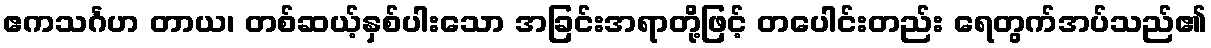
ဧကသင်္ဂဟ တာယ၊ တစ်ဆယ့်နှစ်ပါးသော အခြင်းအရာတို့ဖြင့် တပေါင်းတည်း ရေတွက်အပ်သည်၏